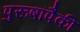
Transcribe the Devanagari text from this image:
पुरूषांपैकी